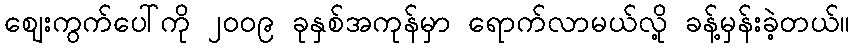
ဈေးကွက်ပေါ်ကို ၂၀၀၉ ခုနှစ်အကုန်မှာ ရောက်လာမယ်လို့ ခန့်မှန်းခဲ့တယ်။